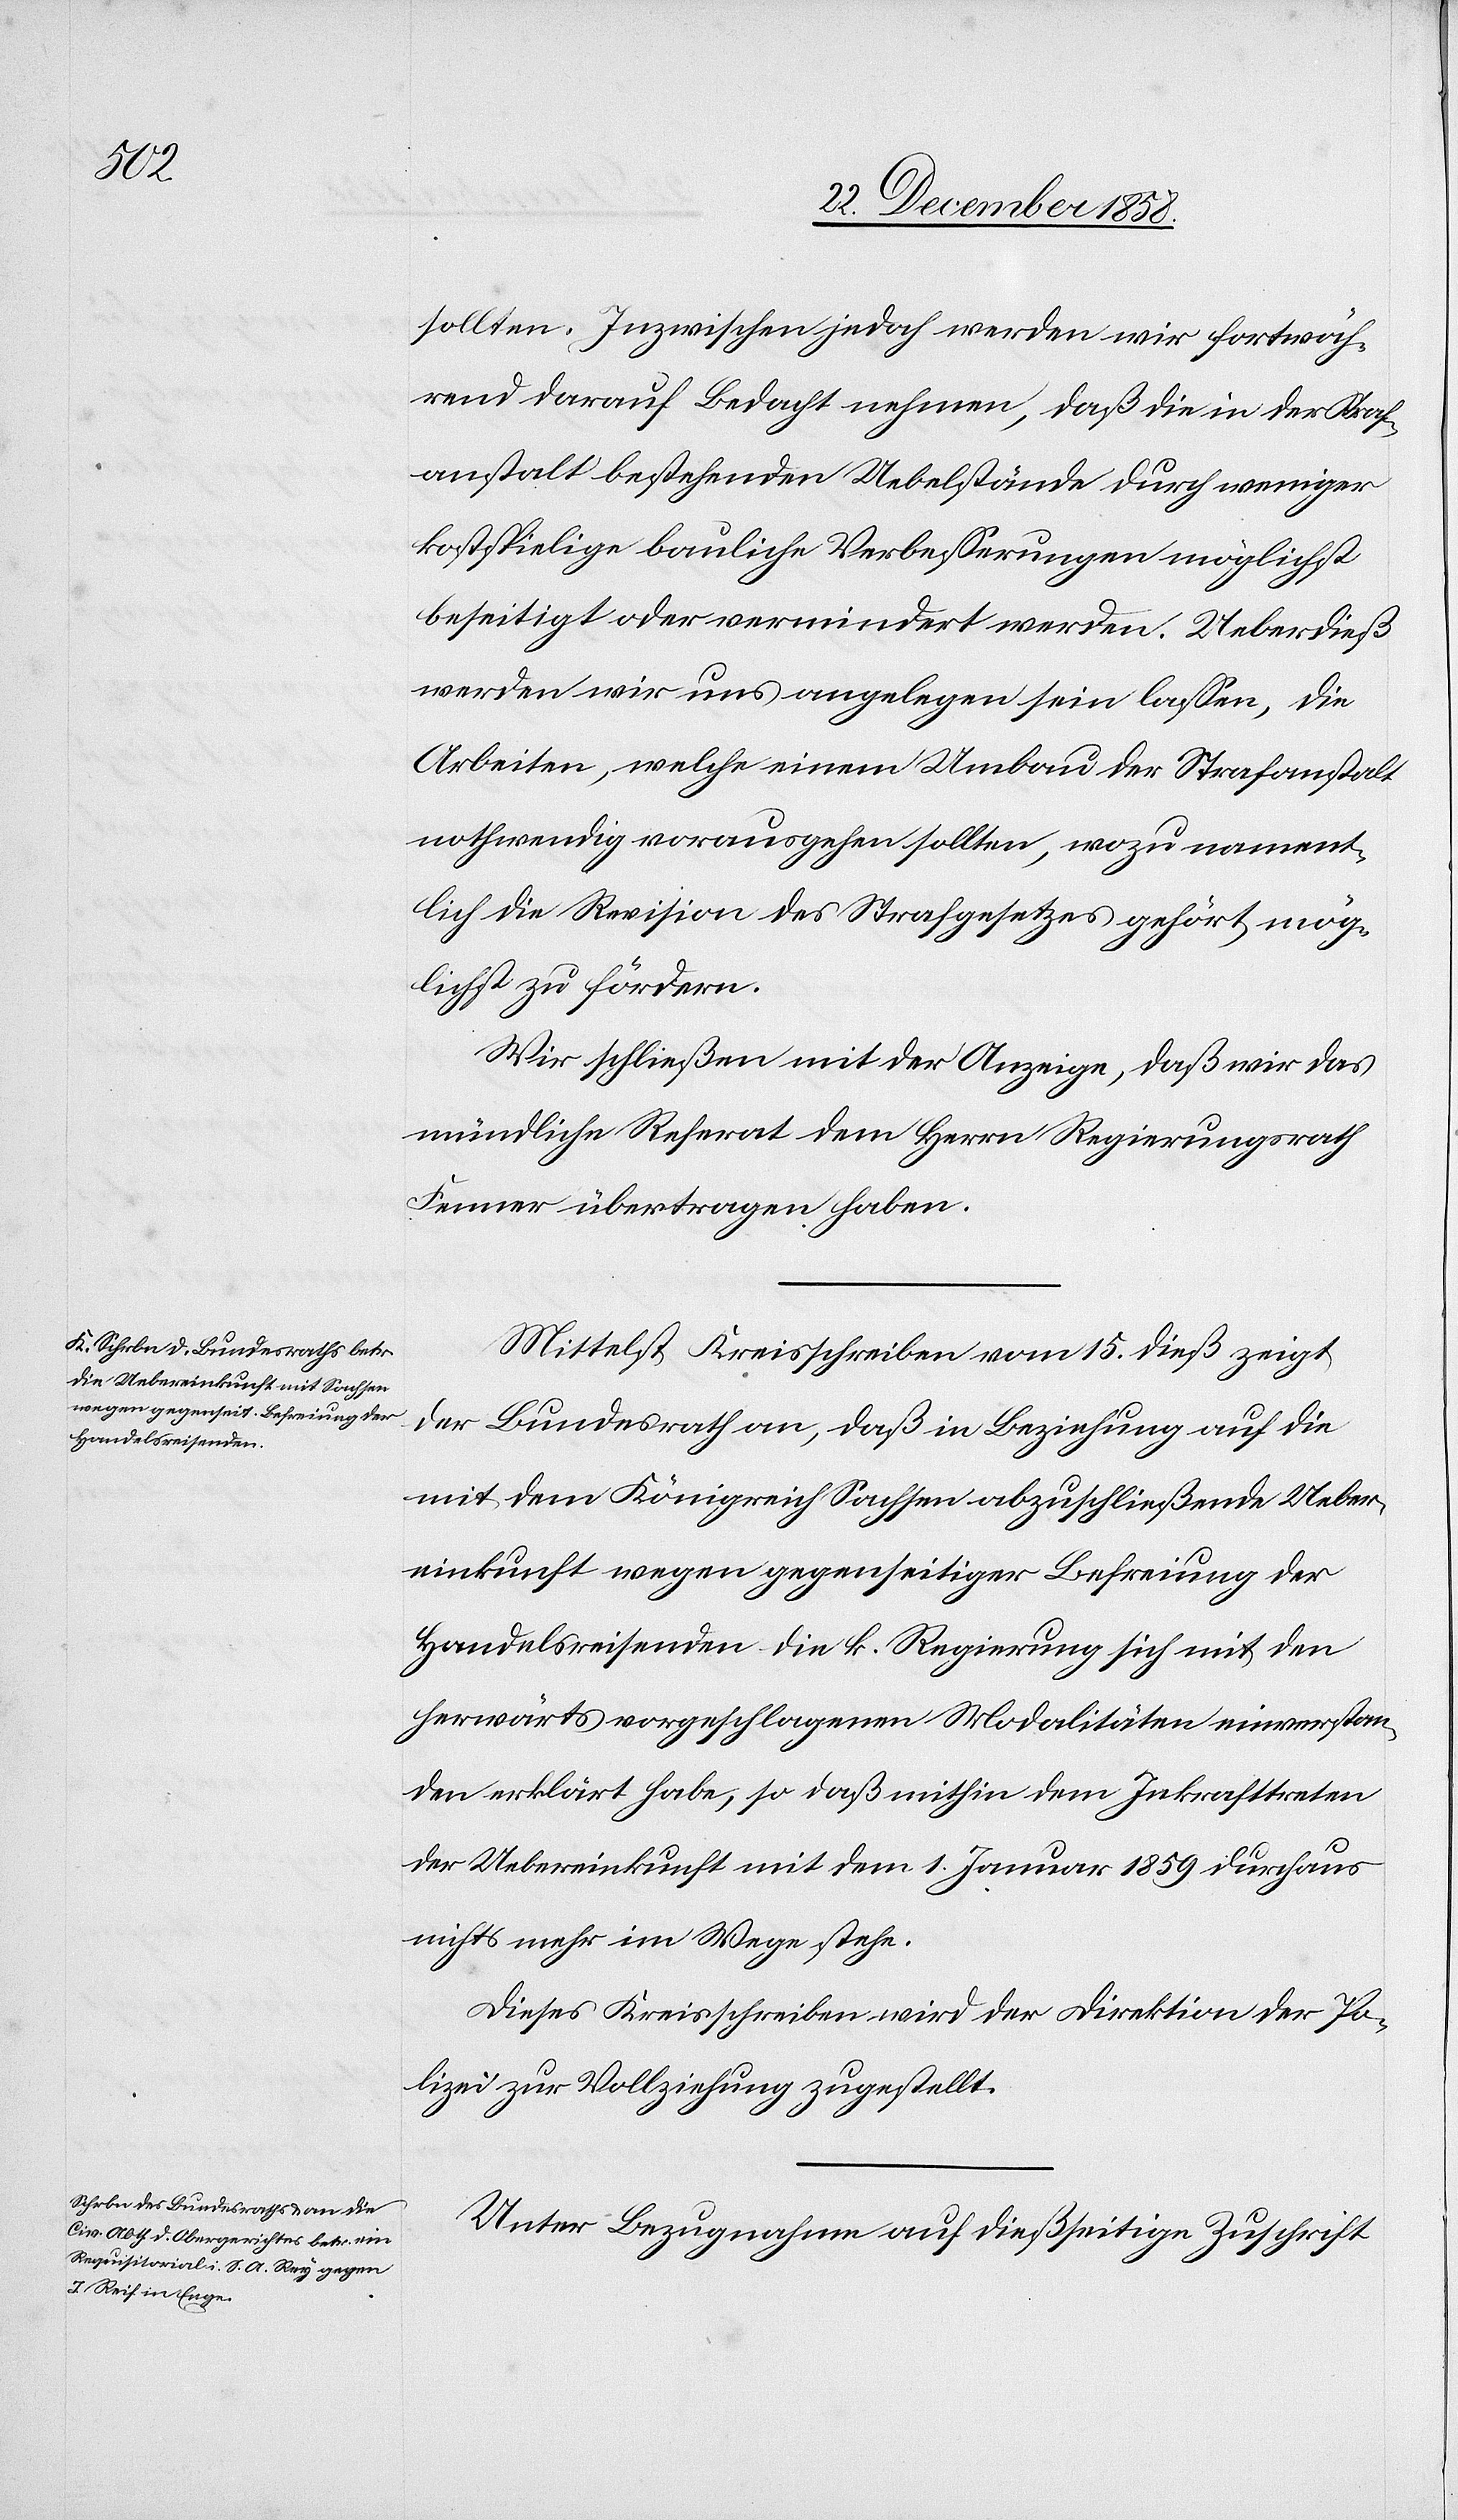
sollten. Inzwischen jedoch werden wir fortwäh¬
rend darauf Bedacht nehmen, daß die in der Straf¬
anstalt bestehenden Uebelstände durch weniger
kostspielige bauliche Verbesserungen möglichst
beseitigt oder vermindert werden. Ueberdieß
werden wir uns angelegen sein lassen, die
Arbeiten, welche einem Umbau der Strafanstalt
nothwendig vorausgehen sollten, wozu nament¬
lich die Revision des Strafgesetzes gehört, mög¬
lichst zu fördern.
Wir schließen mit der Anzeige, daß wir das
mündliche Referat dem Herrn Regierungsrath
Fenner übertragen haben.
Mittelst Kreisschreiben vom 15. dieß zeigt
der Bundesrath an, daß in Beziehung auf die
mit dem Königreich Sachsen abzuschließende Ueber¬
einkunft wegen gegenseitiger Befreiung der
Handelsreisenden die k. Regierung sich mit den
herwärts vorgeschlagenen Modalitäten einverstan¬
den erklärt habe, so daß mithin dem Inkrafttreten
der Uebereinkunft mit dem 1. Januar 1859 durchaus
nichts mehr im Wege stehe.
Dieses Kreisschreiben wird der Direktion der Po¬
lizei zur Vollziehung zugestellt.
Unter Bezugnahme auf dießseitige Zuschrift